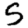
Digit: 5